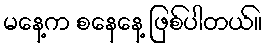
မနေ့က စနေနေ့ ဖြစ်ပါတယ်။